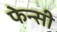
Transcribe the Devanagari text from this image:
फेन्सी